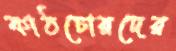
কাঠচোরদের